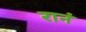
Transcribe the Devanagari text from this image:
रानं